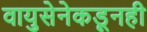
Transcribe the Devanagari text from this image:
वायुसेनेकडूनही